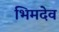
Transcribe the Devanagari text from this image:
भिमदेव